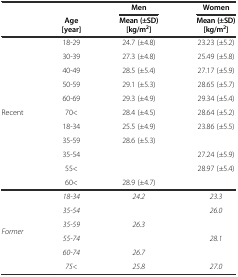
<table><thead><tr><td rowspan="2"></td><td></td><td><b>Men</b></td><td><b>Women</b></td></tr><tr><td><b>Age [year]</b></td><td><b>Mean (±SD) [kg/m<sup>2</sup>]</b></td><td><b>Mean (±SD) [kg/m<sup>2</sup>]</b></td></tr></thead><tbody><tr><td rowspan="10">Recent</td><td>18-29</td><td>24.7 (±4.8)</td><td>23.23 (±5.2)</td></tr><tr><td>30-39</td><td>27.3 (±4.8)</td><td>25.49 (±5.8)</td></tr><tr><td>40-49</td><td>28.5 (±5.4)</td><td>27.17 (±5.9)</td></tr><tr><td>50-59</td><td>29.1 (±5.3)</td><td>28.65 (±5.7)</td></tr><tr><td>60-69</td><td>29.3 (±4.9)</td><td>29.34 (±5.4)</td></tr><tr><td>70&lt;</td><td>28.4 (±4.5)</td><td>28.64 (±5.2)</td></tr><tr><td>18-34</td><td>25.5 (±4.9)</td><td>23.86 (±5.5)</td></tr><tr><td>35-59</td><td>28.6 (±5.3)</td><td></td></tr><tr><td>35-54</td><td></td><td>27.24 (±5.9)</td></tr><tr><td>55&lt;</td><td></td><td>28.97 (±5.4)</td></tr><tr><td></td><td>60&lt;</td><td>28.9 (±4.7)</td><td></td></tr><tr><td rowspan="6"><i>Former</i></td><td><i>18-34</i></td><td><i>24.2</i></td><td><i>23.3</i></td></tr><tr><td><i>35-54</i></td><td></td><td><i>26.0</i></td></tr><tr><td><i>35-59</i></td><td><i>26.3</i></td><td></td></tr><tr><td><i>55-74</i></td><td></td><td><i>28.1</i></td></tr><tr><td><i>60-74</i></td><td><i>26.7</i></td><td></td></tr><tr><td><i>75&lt;</i></td><td><i>25.8</i></td><td><i>27.0</i></td></tr></tbody></table>